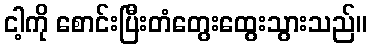
ငါ့ကို စောင်းပြီးတံတွေးထွေးသွားသည်။